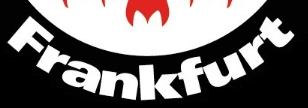
Frankfurt